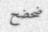
ضحضح